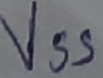
Text: VSS